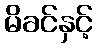
မိခင်နှင့်